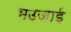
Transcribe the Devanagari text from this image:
भउजाई